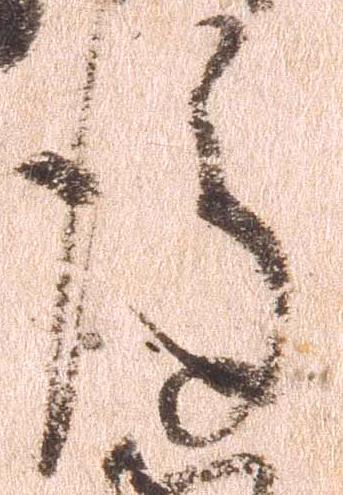
後